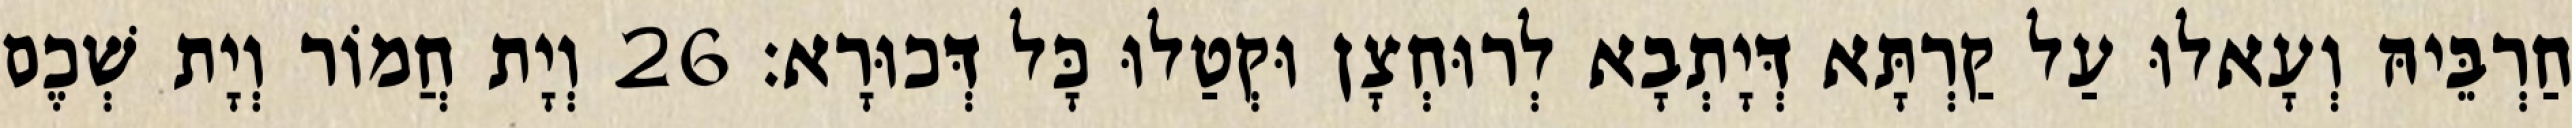
חַרְבֵּיהּ וְעָאלוּ עַל קַרְתָּא דְּיָתְבָא לְרוּחְצָן וּקְטַלוּ כָּל דְּכוּרָא׃ 26 וְיָת חֲמוֹר וְיָת שְׁכֶם